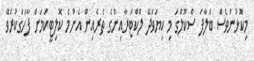
މިކޮޅުންވެސް ބަލާފަ ސްކޫލްގަ މި ކިޔަވަދޭ ލްކްޓަރާއިންގެ ތެރެއިން އެންމެ ކޮލިޓީކަމަށް ފާހަގަކުރެވޭ